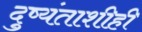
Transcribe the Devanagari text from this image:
दुष्यंताशीही